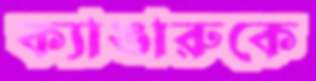
ক্যাঙারুকে